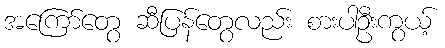
အကြော်တွေ ဆီပြန်တွေလည်း စားပါဦးကွယ့်